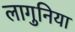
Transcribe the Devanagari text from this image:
लागुनिया